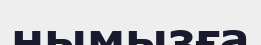
нымызға